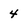
Character: 4